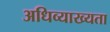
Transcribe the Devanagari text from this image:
अधिव्याख्यता